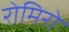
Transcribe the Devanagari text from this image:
रोमिरो